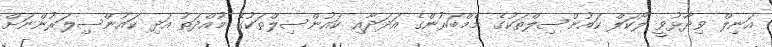
އަނިލް ވިދާޅުވީ ލޯކަލް ކައުންސިލްތަކުގެ މެމްބަރުންގެ އަދަދާއި ކައުންސިލްތަކުގެ މުއްދަތު އަދި ކައުންސިލަރުންނަށް